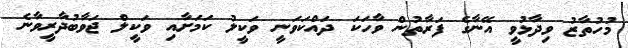
މުހުތާޒު ވިދާޅުވީ އޭނާގެ ފަރާތުން ވާހަކަ ދައްކަވަނީ ވަކީލު ކަމަށާއި ވަކީލް ޖަވާބުދާރީވާނެ